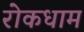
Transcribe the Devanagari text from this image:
रोकधाम